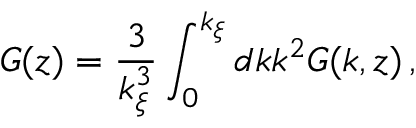
G ( z ) = \frac { 3 } { k _ { \xi } ^ { 3 } } \int _ { 0 } ^ { k _ { \xi } } d k k ^ { 2 } G ( k , z ) \, ,